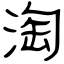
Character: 淘